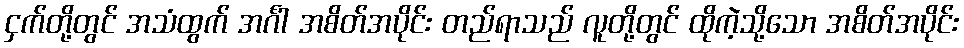
ငှက်တို့တွင် အသံထွက် အင်္ဂါ အစိတ်အပိုင်း တည်ရာသည် လူတို့တွင် ထိုကဲ့သို့သော အစိတ်အပိုင်း